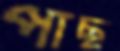
পাছ